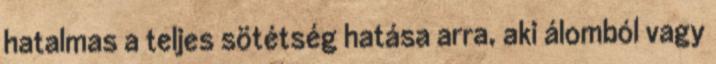
hatalmas a teljes sötétség hatása arra, aki álomból vagy